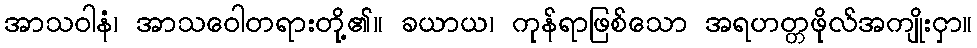
အာသဝါနံ၊ အာသဝေါတရားတို့၏။ ခယာယ၊ ကုန်ရာဖြစ်သော အရဟတ္တဖိုလ်အကျိုးငှာ။